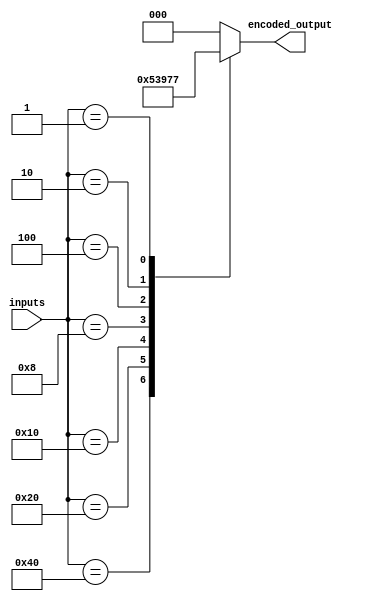
module priority_encoder(
  input [7:0] inputs,
  output reg [2:0] encoded_output
);

always @(*)
begin
  casez(inputs)
    8'b10000000: encoded_output = 3'b000;
    8'b01000000: encoded_output = 3'b001;
    8'b00100000: encoded_output = 3'b010;
    8'b00010000: encoded_output = 3'b011;
    8'b00001000: encoded_output = 3'b100;
    8'b00000100: encoded_output = 3'b101;
    8'b00000010: encoded_output = 3'b110;
    8'b00000001: encoded_output = 3'b111;
    default: encoded_output = 3'b000;
  endcase
end
endmodule